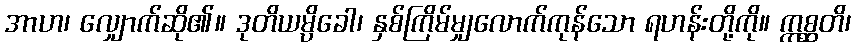
အာဟ၊ လျှောက်ဆို၏။ ဒုတိယမ္ပိခေါ၊ နှစ်ကြိမ်မျှလောက်ကုန်သော ရဟန်းတို့ကို။ ဣစ္ဆတိ၊